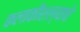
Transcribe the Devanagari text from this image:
कलाकौशल्याचे